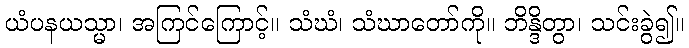
ယံပနယသ္မာ၊ အကြင်ကြောင့်။ သံဃံ၊ သံဃာတော်ကို။ ဘိန္ဒိတွာ၊ သင်းခွဲ၍။